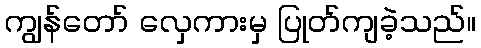
ကျွန်တော် လှေကားမှ ပြုတ်ကျခဲ့သည်။